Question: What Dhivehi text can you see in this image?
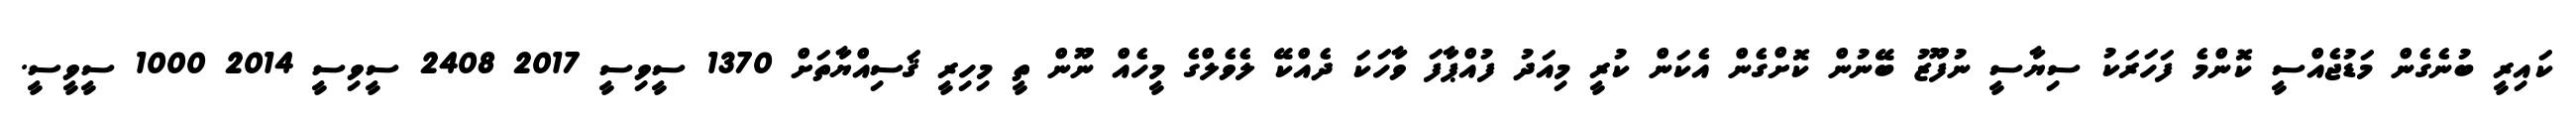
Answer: ކައިރީ ބުނެގެން މަޑުޖެއްސީ ކޮންމެ ފަހަރަކު ސިޔާސީ ނުފޫޒު ބޭނުން ކޮށްގެން އެކަން ކުރީ މިއަދު ފުއްޕާފަ ވާހަކަ ދެއްކޭ ލެވެލްގެ މީހެއް ނޫން ތީ މިހިރީ ޤަސިއްޔާތަށް 1370 ސީވިސީ 2017 2408 ސީވިސީ 2014 1000 ސީވީސީ.